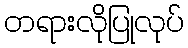
တရားလိုပြုလုပ်